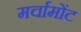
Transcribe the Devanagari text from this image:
मर्चामोंट